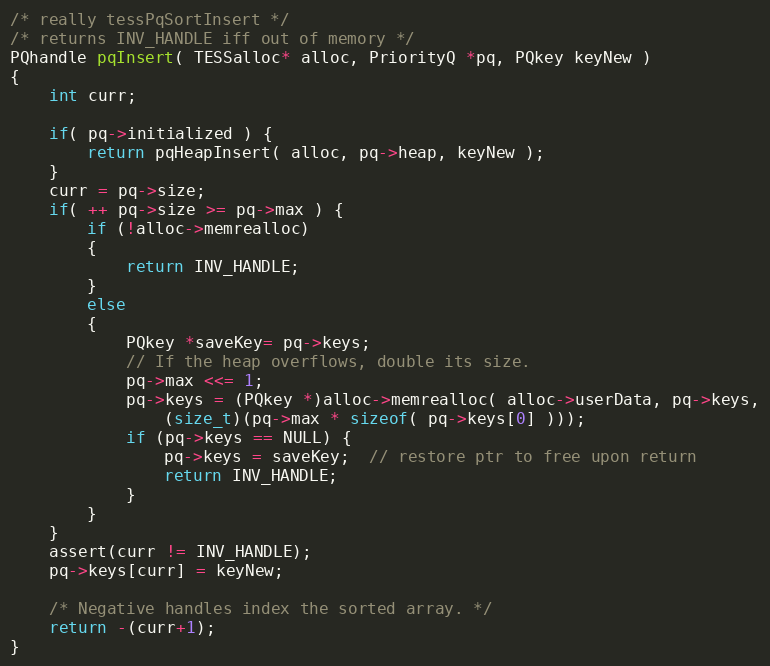
Language: C
/* really tessPqSortInsert */
/* returns INV_HANDLE iff out of memory */
PQhandle pqInsert( TESSalloc* alloc, PriorityQ *pq, PQkey keyNew )
{
	int curr;

	if( pq->initialized ) {
		return pqHeapInsert( alloc, pq->heap, keyNew );
	}
	curr = pq->size;
	if( ++ pq->size >= pq->max ) {
		if (!alloc->memrealloc)
		{
			return INV_HANDLE;
		}
		else
		{
			PQkey *saveKey= pq->keys;
			// If the heap overflows, double its size.
			pq->max <<= 1;
			pq->keys = (PQkey *)alloc->memrealloc( alloc->userData, pq->keys,
				(size_t)(pq->max * sizeof( pq->keys[0] )));
			if (pq->keys == NULL) {
				pq->keys = saveKey;  // restore ptr to free upon return
				return INV_HANDLE;
			}
		}
	}
	assert(curr != INV_HANDLE);
	pq->keys[curr] = keyNew;

	/* Negative handles index the sorted array. */
	return -(curr+1);
}